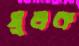
মুলক